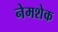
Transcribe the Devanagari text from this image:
नेमशेक